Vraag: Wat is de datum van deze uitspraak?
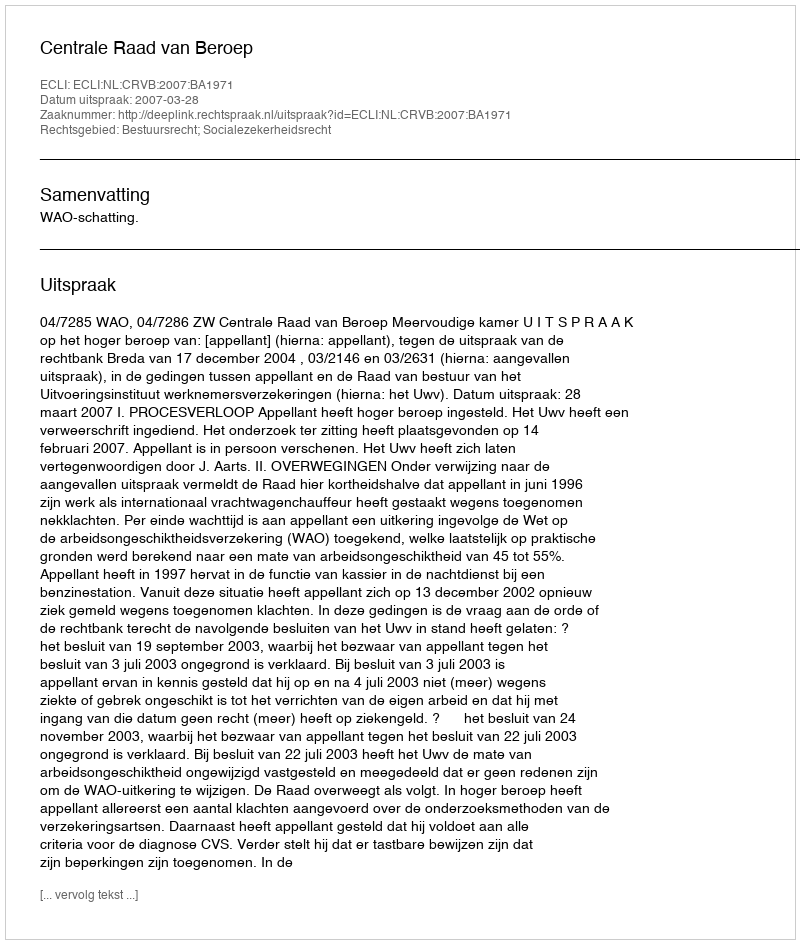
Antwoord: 2007-03-28